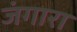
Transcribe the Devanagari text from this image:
जंगारा